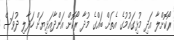
ރޯކޮށްލާ އަދި މުޅިގައުމުގެ އެތަށް ބައްގެ މުދާ ރޯކޮށް އަންދާއަޅިޔަށް ހަދާލި ދުވަސް